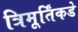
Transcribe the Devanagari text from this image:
त्रिमूर्तिंकडे